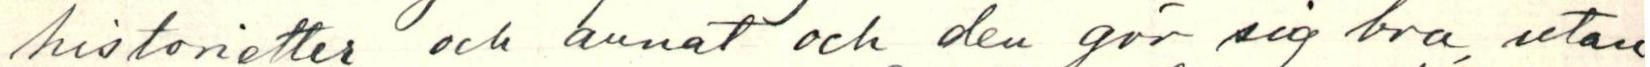
Historietter och annat och den gör sig bra, utan